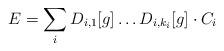
LaTeX: \begin{align*} E = \sum_i D_{i,1}[g]\dots D_{i,k_i}[g] \cdot C_i \end{align*}